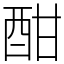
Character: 酣